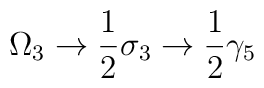
\Omega_{3} \rightarrow \frac{1}{2} \sigma_{3} \rightarrow \frac{1}{2}\gamma_{5}